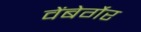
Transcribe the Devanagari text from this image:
वेंबेर्गेर